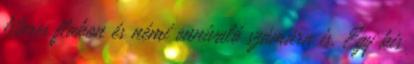
literes flakon és némi ennivaló számára is. Egy kis